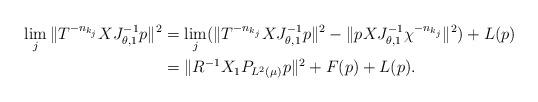
LaTeX: \begin{align*}\begin{aligned}\lim_j\|T^{-n_{k_j}}XJ_{\theta,1}^{-1}p\|^2&=\lim_j(\|T^{-n_{k_j}}XJ_{\theta,1}^{-1}p\|^2-\|pXJ_{\theta,1}^{-1}\chi^{-n_{k_j}}\|^2) + L(p)\\&=\|R^{-1}X_1 P_{L^2(\mu_{})} p\|^2+F(p) + L(p).\end{aligned}\end{align*}